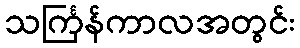
သင်္ကြန်ကာလအတွင်း